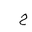
Letter: _ha